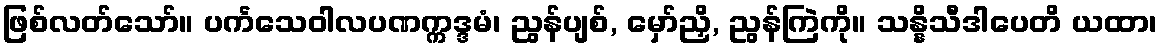
ဖြစ်လတ်သော်။ ပင်္ကသေဝါလပဏက္ကဒ္ဒမံ၊ ညွန်ပျစ်, မှော်ညှိ, ညွန်ကြဲကို။ သန္နိသီဒါပေတိ ယထာ၊